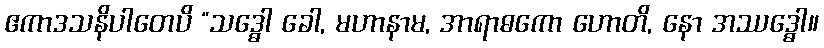
ဧကာဒသနိပါတေပိ “သဒ္ဓေါ ခေါ, မဟာနာမ, အာရာဓကော ဟောတိ, နော အဿဒ္ဓေါ။